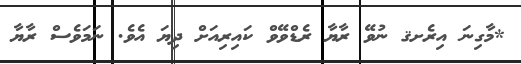
*މާގިނަ އިރެށޤ ނުވޭ ރާޔާ ރެޑްވޭވް ކައިރިއަށް ދިޔަ އެވެ. ނަމަވެސް ރާޔާ